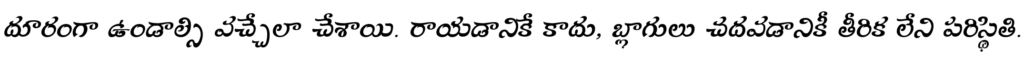
దూరంగా ఉండాల్సి వచ్చేలా చేశాయి. రాయడానికే కాదు, బ్లాగులు చదవడానికీ తీరిక లేని పరిస్థితి.